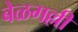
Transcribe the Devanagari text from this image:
बेळगल्ली